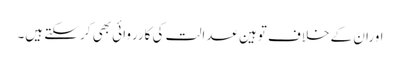
اوران کے خلاف توہین عدالت کی کارروائی بھی کر سکتے ہیں۔